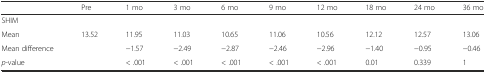
<table><thead><tr><td></td><td><b>Pre</b></td><td><b>1 mo</b></td><td><b>3 mo</b></td><td><b>6 mo</b></td><td><b>9 mo</b></td><td><b>12 mo</b></td><td><b>18 mo</b></td><td><b>24 mo</b></td><td><b>36 mo</b></td></tr></thead><tbody><tr><td colspan="10">SHIM</td></tr><tr><td>Mean</td><td>13.52</td><td>11.95</td><td>11.03</td><td>10.65</td><td>11.06</td><td>10.56</td><td>12.12</td><td>12.57</td><td>13.06</td></tr><tr><td>Mean difference</td><td rowspan="2"></td><td>−1.57</td><td>−2.49</td><td>−2.87</td><td>−2.46</td><td>−2.96</td><td>−1.40</td><td>−0.95</td><td>−0.46</td></tr><tr><td><i>p</i>-value</td><td>&lt; .001</td><td>&lt; .001</td><td>&lt; .001</td><td>&lt; .001</td><td>&lt; .001</td><td>0.01</td><td>0.339</td><td>1</td></tr></tbody></table>